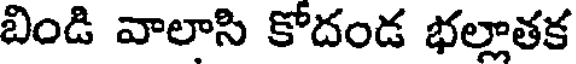
బిండి వాలాసి కోదండ భల్లాతక